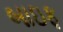
બાઇફ